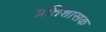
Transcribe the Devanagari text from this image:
प्रतिशासक